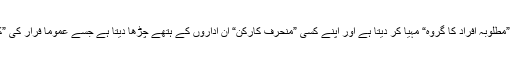
کبھی کبھی کارکردگی دکھانے کی ذمہ داری بھی یہی ”مطلوبہ افراد کا گروہ“ مہیا کر دیتا ہے اور اپنے کسی ”منحرف کارکن“ ان اداروں کے ہتھے چڑھا دیتا ہے جسے عموماً فرار کی ”کوشش“ کرتے ہوئے موت کے گھاٹ اُتار دیا جاتا ہے!